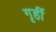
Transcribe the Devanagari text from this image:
गृहीं